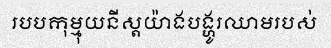
របបកុម្មុយនីស្តយ៉ាងបង្ហូរឈាមរបស់